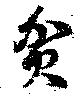
貧